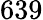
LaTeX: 639